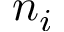
n _ { i }